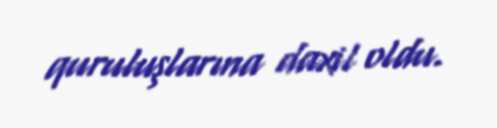
quruluşlarına daxil oldu.